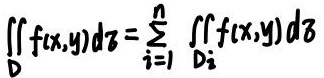
\[ \iint_{D} f(x,y) \,d\sigma = \sum_{i = 1}^{n} \iint_{D_{i}} f(x,y) \,d\sigma \]